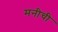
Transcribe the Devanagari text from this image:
मनीची